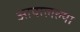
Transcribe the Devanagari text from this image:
आपालल्या